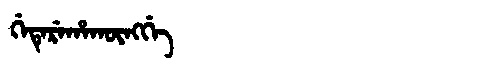
Manchu: ᡤᡝᡨᡝᡵᡝᡥᠠᡴᡡᠩᡤᡝ
Romanization: GETEREHAKŪNGGE